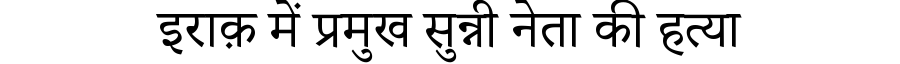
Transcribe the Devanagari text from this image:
इराक़ में प्रमुख सुन्नी नेता की हत्या